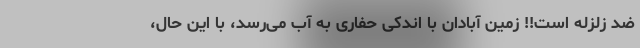
ضد زلزله است!! زمین آبادان با اندکی حفاری به آب می‌رسد، با این حال،